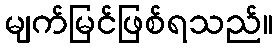
မျက်မြင်ဖြစ်ရသည်။